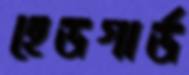
হেডগার্ড